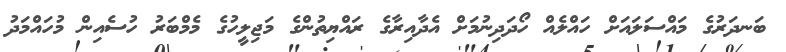
ބަނދަރުގެ މައްސަލައަށް ހައްލެއް ހޯދަދިނުމަށް އެދާއިރާގެ ރައްޔިތުންގެ މަޖިލީހުގެ މެމްބަރު ހުސެއިން މުހައްމަދު